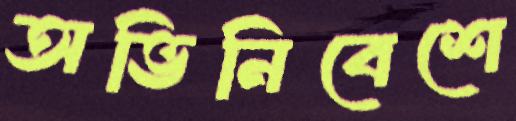
অভিনিবেশে